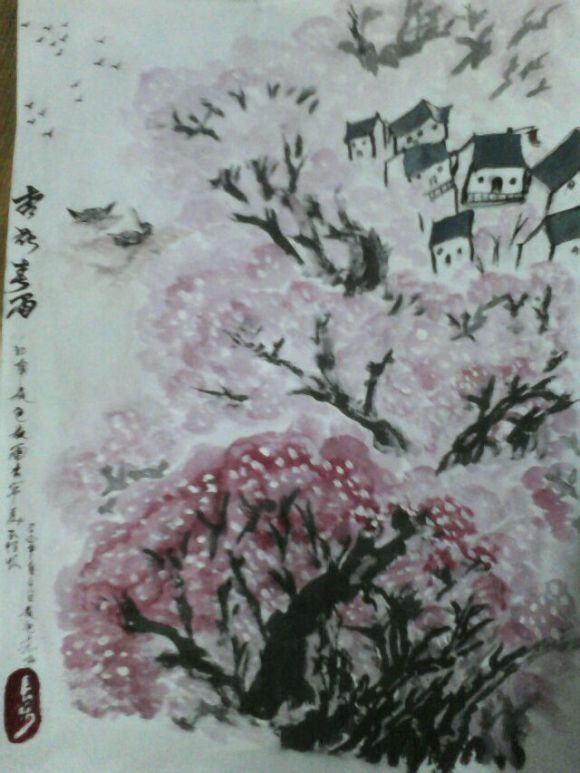
绣帏人念远，暗垂珠泪，泣送征轮。